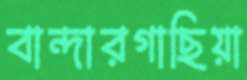
বান্দারগাছিয়া